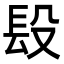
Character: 𨱚